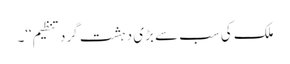
ملک کی سب سے بڑی دہشت گرد تنظیم‘‘۔